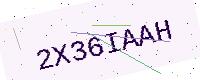
Text: 2X36IAAH